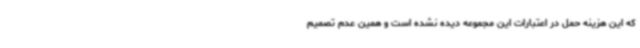
که این هزینه حمل در اعتبارات این مجموعه دیده نشده است و همین عدم تصمیم